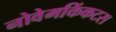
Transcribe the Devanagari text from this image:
नोवेमकिंकटस